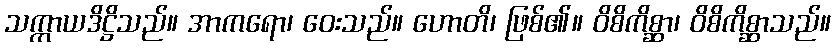
သက္ကာယဒိဋ္ဌိသည်။ အာကရော၊ ဝေးသည်။ ဟောတိ၊ ဖြစ်၏။ ဝိစိကိစ္ဆာ၊ ဝိစိကိစ္ဆာသည်။